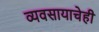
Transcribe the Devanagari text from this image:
व्यवसायाचेही